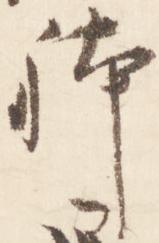
躰